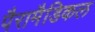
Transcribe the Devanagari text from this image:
पैरामैडिकल